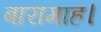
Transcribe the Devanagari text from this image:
बारामाह।